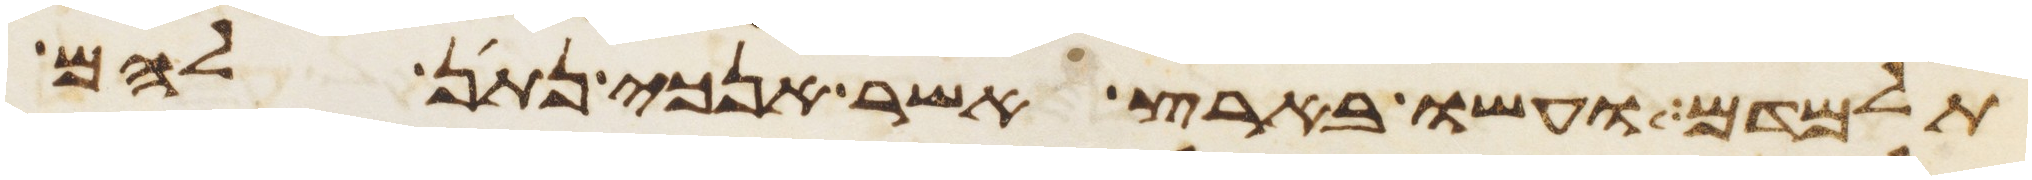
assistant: תלמדם ועשו בארץ אשר אנכי נתן להם